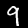
Digit: 9